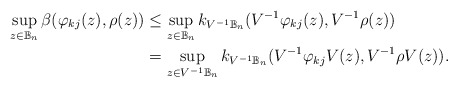
\begin{align*}\sup_{z\in\mathbb{B}_n} \beta(\varphi_{kj} (z),\rho(z))&\leq \sup_{z\in \mathbb{B}_n} k_{V^{-1}\mathbb{B}_n}(V^{-1}\varphi_{kj}(z),V^{-1}\rho (z))\\&= \sup_{z\in V^{-1}\mathbb{B}_n} k_{V^{-1}\mathbb{B}_n}(V^{-1}\varphi_{kj} V(z),V^{-1}\rho V(z)).\end{align*}